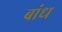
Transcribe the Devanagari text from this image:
बांध्‍ा